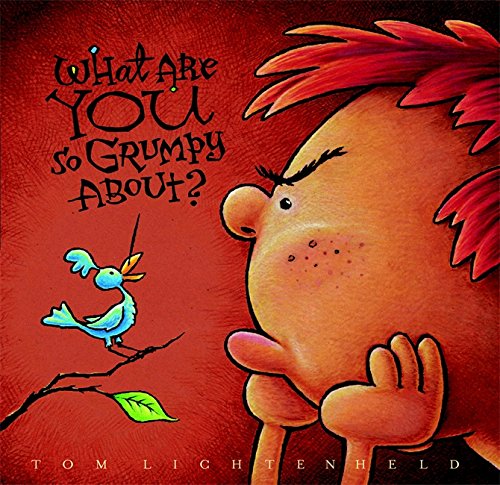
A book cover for What Are You So Grumpy About?; Tom Lichtenheld; Humor & Entertainment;